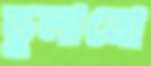
ভুলানো